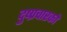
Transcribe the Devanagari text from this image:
दुष्प्रचारकों